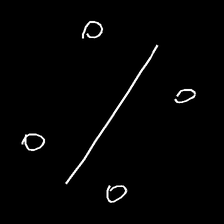
Glyph: cool